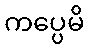
ကပ္ပေမိ